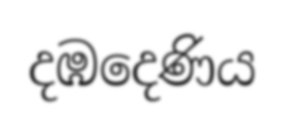
දඹදෙණිය